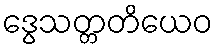
ဒွေသတ္တတိယေဝ